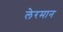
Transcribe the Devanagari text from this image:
लेरमान